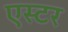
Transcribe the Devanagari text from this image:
एस्‍टर